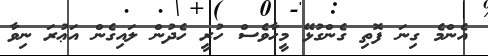
އެންމެ ގިނަ ފޮތި ގެންގުޅޭ މީހާވެސް ހުރީ ހެދުން ލައިގެން އަޢުރަ ނިވާ